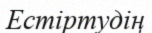
Естіртудің